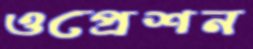
ওপ্রেশন